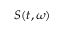
S ( t , \omega )